V__Kingissepa_nim__kolhoos, lk 3
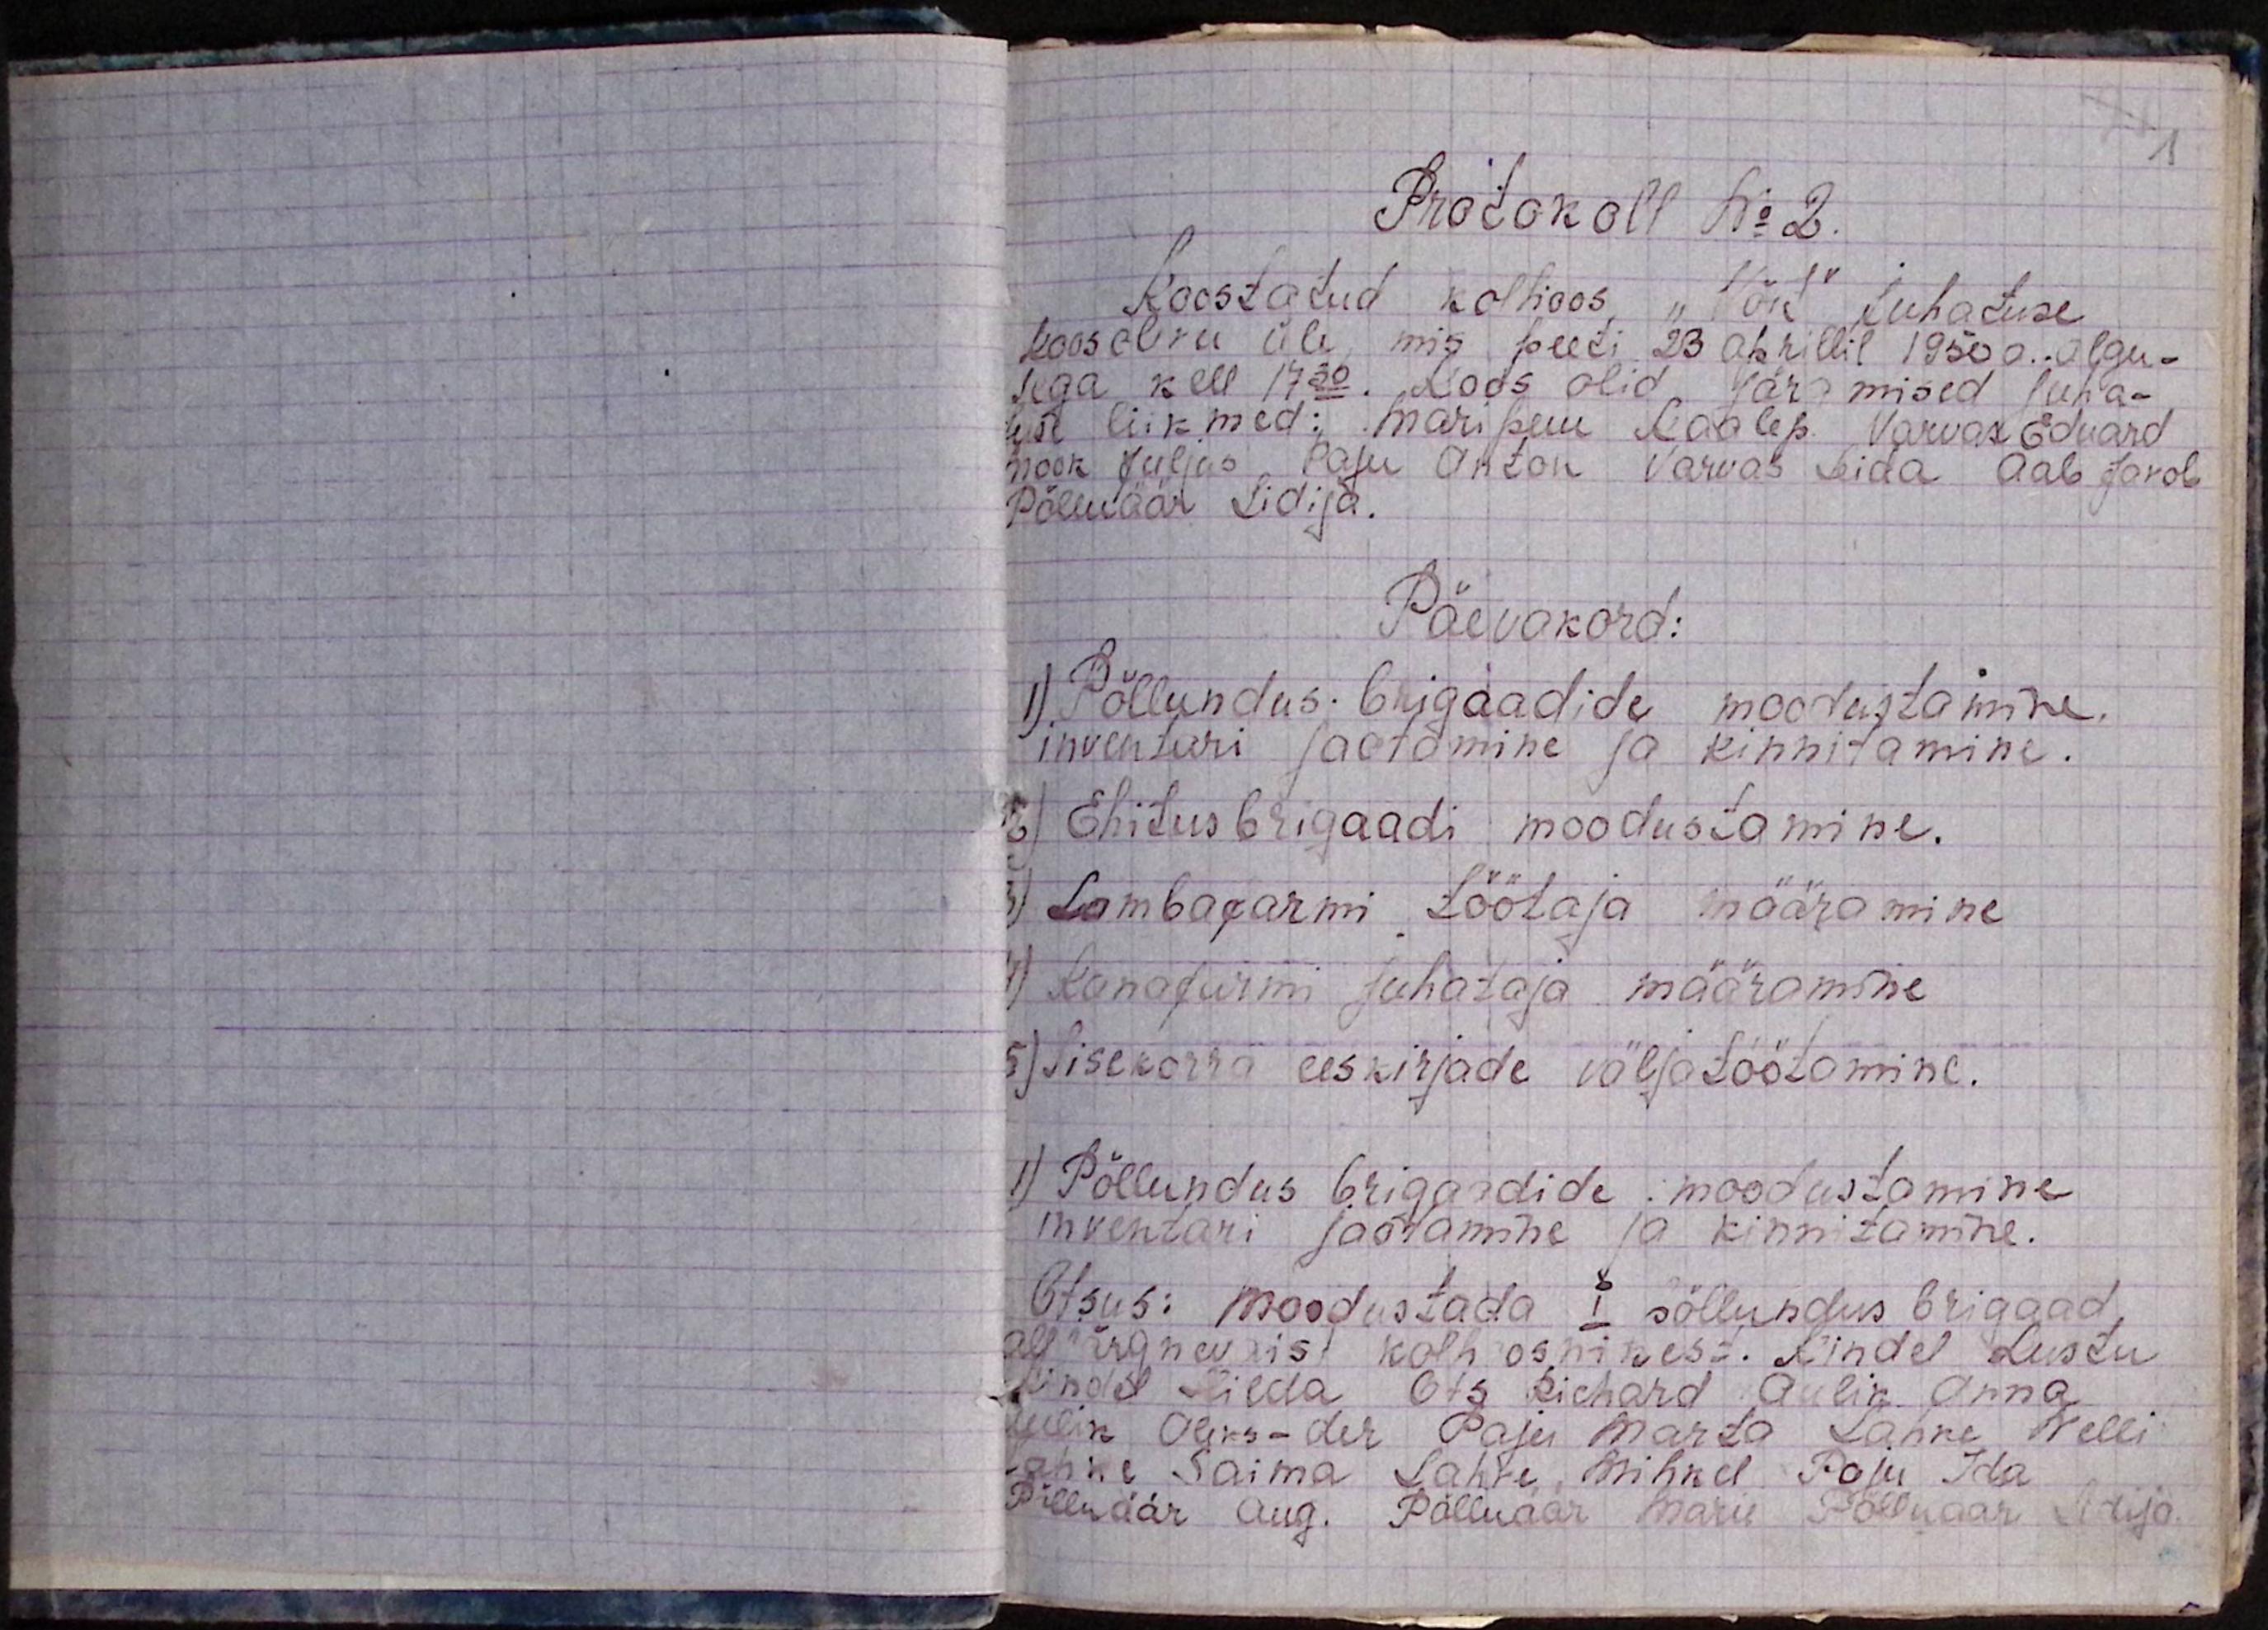
1
Protokoll No 2.
Koostatud kolhoos "Võit" Juhatuse
koosoleku üle, mis peeti 23 arillil 1950 a. algu-
sega kell 17.30. Koos olid järgmised juha-
tuse liikmed: Maripuu Kaalep Varvas Eduard
Nook Juljas Paju Anton Varvas Leida Aab Jakob
Põlluäär Lidija.
Päevakord:
1) Põllundus. brigaadide moodustamine
inventari jaotamine ja kinnitamine.
2) Ehitus brigaadi moodustamine.
3) Lambafarmi töötaja määramine
4) Kanafarmi juhataja määramine
5) Sissekorra eeskirjade väljatöötamine.
1) Põllundus brigaadide moodustamine
inventari jaotamine ja kinnitamine.
Otsus: moodustada I põllundus brigaad,
alljärgnevaist kolhoosnikest. Rindel Lustu
Rindel Hilda Ots Richard Aulik Anna
Aulik Oleks-der Paju Marta Lahre Nelli
Lahre Saima Lahre Mihkel Paju Ida
Põlluäär Aug. Põlluäär Marie Põlluäär Lidija